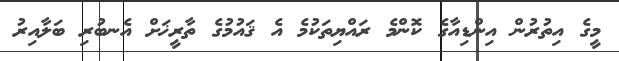
މީގެ އިތުރުން އިންޑިއާގެ ކޮންމެ ރައްޔިތަކުމެ އެ ޤައުމުގެ ތާރީޚަށް އެނބުރި ބަލާއިރު